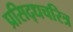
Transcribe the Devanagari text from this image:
प्रसिद्धचरित्र